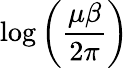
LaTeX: \log\left(\frac{\mu\beta}{2\pi}\right)